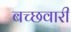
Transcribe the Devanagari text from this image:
बच्छवारी